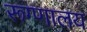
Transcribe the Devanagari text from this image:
रूग्‍णालय